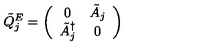
\tilde { Q } _ { j } ^ { E } = \left( \begin{array} { c c } { 0 } & { \tilde { A } _ { j } } \\ { \tilde { A } _ { j } ^ { \dagger } } & { 0 } \\ \end{array} \right)